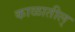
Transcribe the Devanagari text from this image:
काळातील्